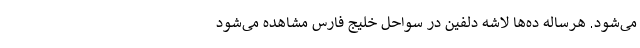
می‌شود. هرساله ده‌ها لاشه دلفین‌ در سواحل خلیج فارس مشاهده می‌شود